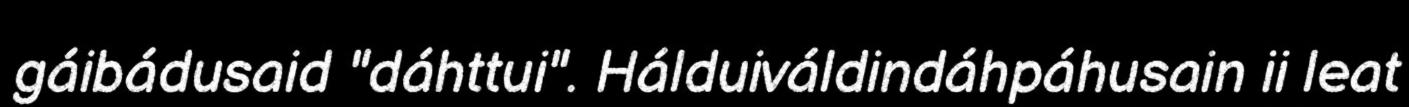
gáibádusaid "dáhttui". Hálduiváldindáhpáhusain ii leat